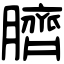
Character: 臍